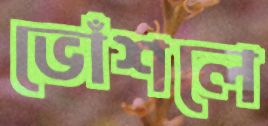
ভোঁশলে